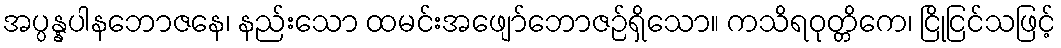
အပ္ပန္နပါနဘောဇနေ၊ နည်းသော ထမင်းအဖျော်ဘောဇဉ်ရှိသော။ ကသိရဝုတ္တိကေ၊ ငြိုငြင်သဖြင့်